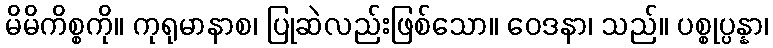
မိမိကိစ္စကို။ ကုရုမာနာစ၊ ပြုဆဲလည်းဖြစ်သော။ ဝေဒနာ၊ သည်။ ပစ္စုပ္ပန္နာ၊